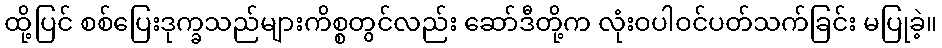
ထို့ပြင် စစ်ပြေးဒုက္ခသည်များကိစ္စတွင်လည်း ဆော်ဒီတို့က လုံးဝပါဝင်ပတ်သက်ခြင်း မပြုခဲ့။